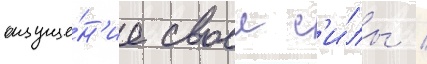
ощуще́н'ие своеи с'и́лы /